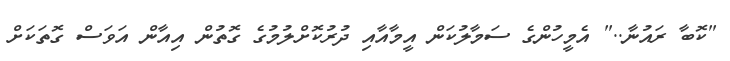
"ކޮބާ ރައުނާ.." އެމީހުންގެ ސަމާލުކަން އީމާއާއި ދުރުކޮށްލުމުގެ ގޮތުން އިއާން އަވަސް ގޮތަކަށް